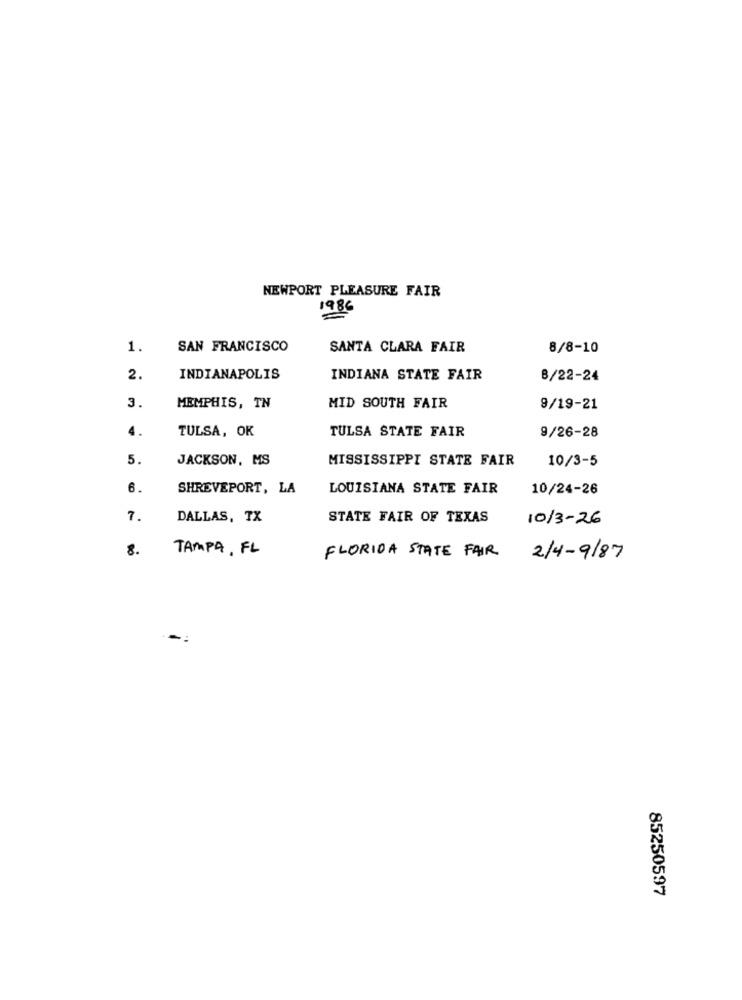
NEWPORT PLEASURE FAIR
1986
1.
SAN FRANCISCO
SANTA CLARA FAIR
8/8-10
2.
INDIANAPOLIS
INDIANA STATE FAIR
8/22-24
3.
MEMPHIS, TN
MID SOUTH FAIR
9/19-21
4
TULSA STATE FAIR
TULSA, OK
9/26-28
JACKSON, MS
MISSISSIPPI STATE FAIR
10/3-5
6.
SHREVEPORT, LA
LOUISIANA STATE FAIR
10/24-26
7.
DALLAS, TX
STATE FAIR OF TEXAS
10/3-26
8.
TAMPA, FL
FLORIDA STATE FAIR
2/4-9/87
85250597